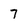
Character: 7